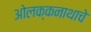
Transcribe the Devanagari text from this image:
ओलक्कनाथाचे